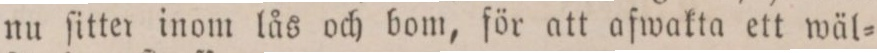
nu ſitter inom lås och bom, för att afwakta ett wäl=